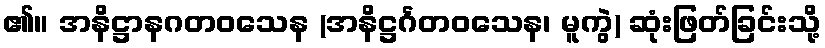
၏။ အနိဋ္ဌာနဂတဝသေန (အနိဋ္ဌင်္ဂတဝသေန၊ မူကွဲ) ဆုံးဖြတ်ခြင်းသို့